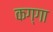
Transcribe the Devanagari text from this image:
कग्गा